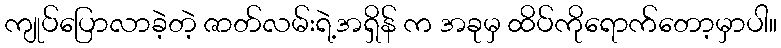
ကျုပ်ပြောလာခဲ့တဲ့ ဇာတ်လမ်းရဲ့အရှိန် က အခုမှ ထိပ်ကိုရောက်တော့မှာပါ။